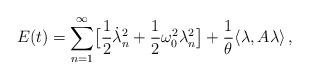
LaTeX: \begin{align*}E(t) = \sum_{n=1}^\infty \bigl[\frac12\dot\lambda_n^2 +\frac12\omega_0^2\lambda_n^2\bigr] + \frac1\theta\langle\lambda,A\lambda\rangle \,,\end{align*}